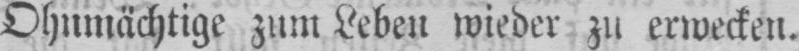
Ohnmächtige zum Leben wieder zu erwecken.